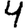
Digit: 4